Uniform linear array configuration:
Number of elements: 64
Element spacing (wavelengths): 0.75
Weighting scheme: cosine
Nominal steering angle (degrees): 30
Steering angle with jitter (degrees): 29.404
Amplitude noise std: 0.05
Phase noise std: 0.05

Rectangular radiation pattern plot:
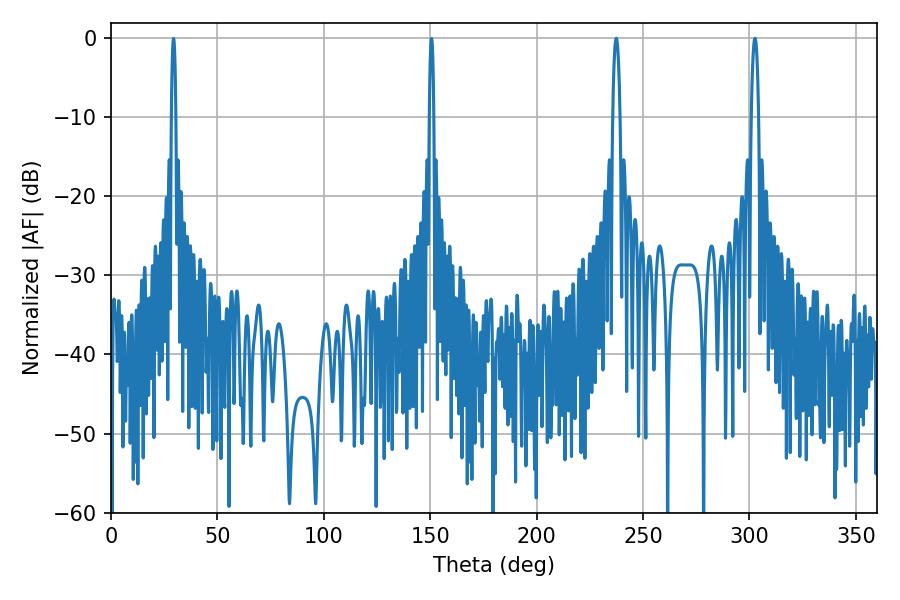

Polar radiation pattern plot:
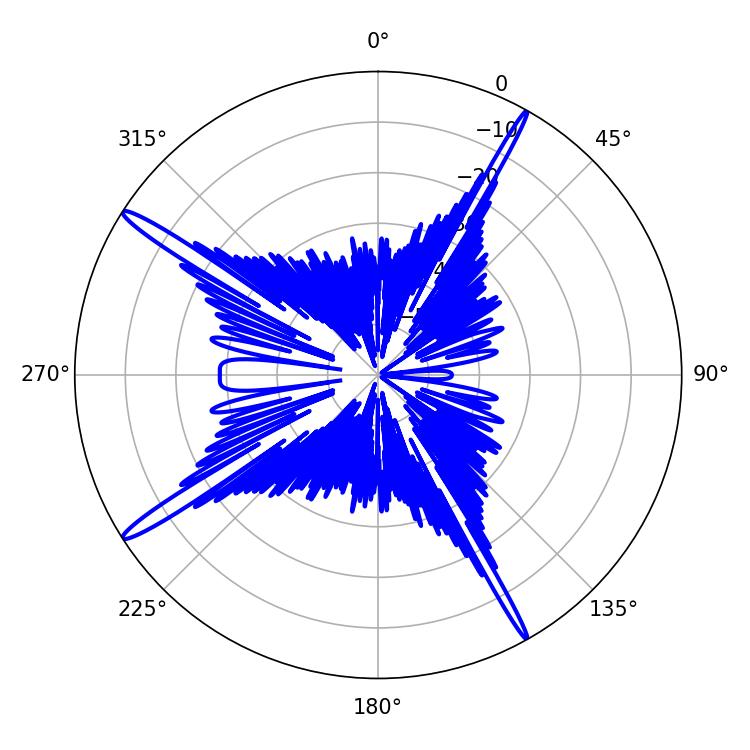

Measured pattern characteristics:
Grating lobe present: TRUE
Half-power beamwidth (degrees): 1.8
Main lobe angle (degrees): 237.42